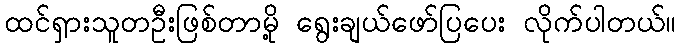
ထင်ရှားသူတဦးဖြစ်တာမို့ ရွေးချယ်ဖော်ပြပေး လိုက်ပါတယ်။